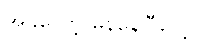
အခုတော့ မှန်နေပြီပေါ့။